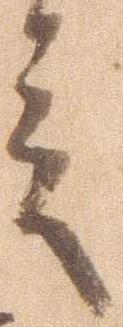
言